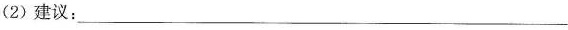
(2)建议：___